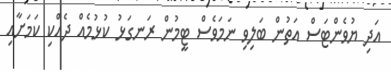
އަދި ޔުވެންޓަސް އަތުން ބަލިވި ނަމަވެސް ޓީމުން ރަނގަޅު ކުޅުމެއް ދެއްކި ކަމަށާއި